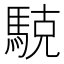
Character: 𱄝